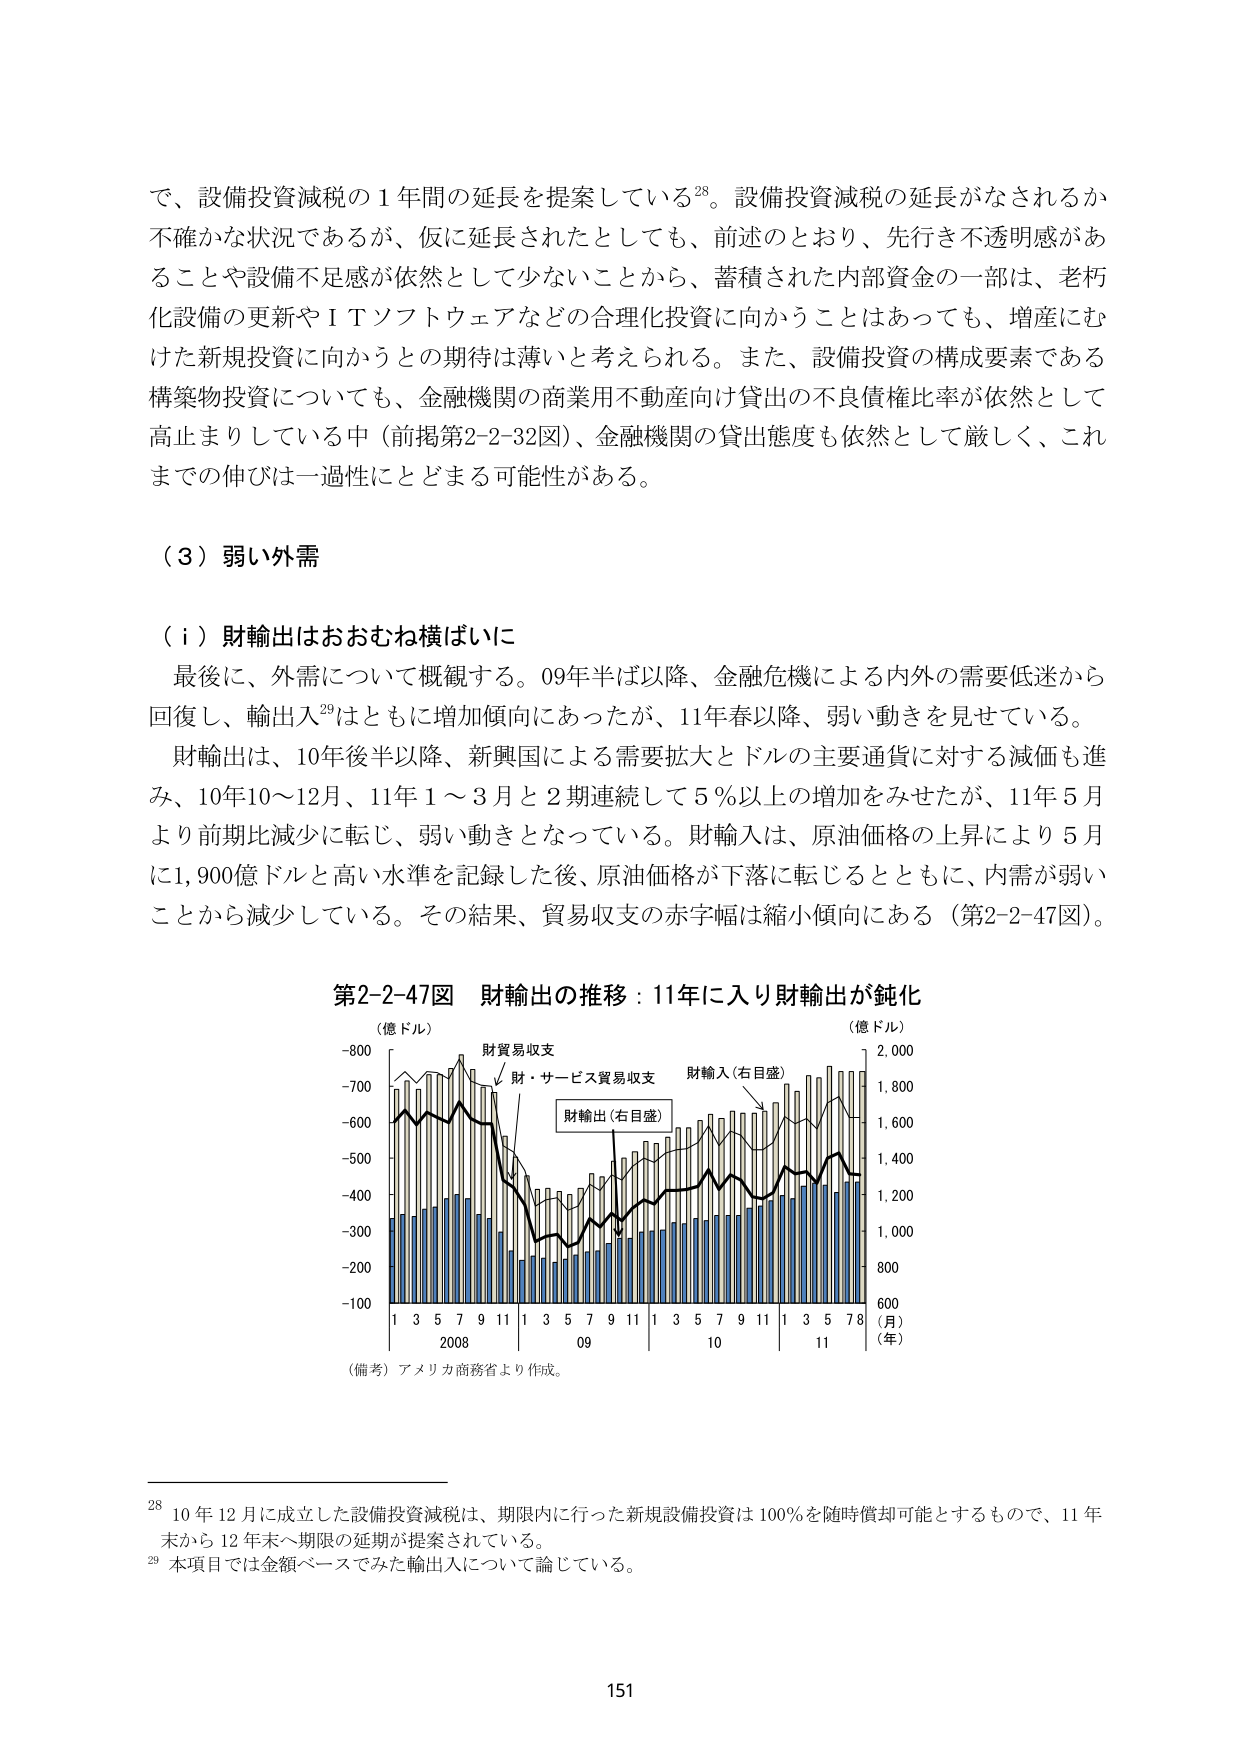
で、設備投資減税の１年間の延長を提案している28。設備投資減税の延長がなされるか不確かな状況であるが、仮に延長されたとしても、前述のとおり、先行き不透明感があることや設備不足感が依然として少ないことから、蓄積された内部資金の一部は、老朽化設備の更新やＩＴソフトウェアなどの合理化投資に向かうことはあっても、増産にむけた新規投資に向かうとの期待は薄いと考えられる。また、設備投資の構成要素である構築物投資についても、金融機関の商業用不動産向け貸出の不良債権比率が依然として高止まりしている中（前掲第2-2-32図）、金融機関の貸出態度も依然として厳しく、これまでの伸びは一過性にとどまる可能性がある。

（３）弱い外需

（ｉ）財輸出はおおむね横ばいに

最後に、外需について概観する。09年半ば以降、金融危機による内外の需要低迷から回復し、輸出入29はともに増加傾向にあったが、11年春以降、弱い動きを見せている。

財輸出は、10年後半以降、新興国による需要拡大とドルの主要通貨に対する減価も進み、10年10～12月、11年１～３月と２期連続して５％以上の増加をみせたが、11年５月より前期比減少に転じ、弱い動きとなっている。財輸入は、原油価格の上昇により５月に1,900億ドルと高い水準を記録した後、原油価格が下落に転じるとともに、内需が弱いことから減少している。その結果、貿易収支の赤字幅は縮小傾向にある（第2-2-47図）。

第2-2-47図 財輸出の推移：11年に入り財輸出が鈍化

（億ドル）
-800
-700
-600
-500
-400
-300
-200
-100

財貿易収支
財・サービス貿易収支
財輸出（右目盛）
財輸入（右目盛）

（億ドル）
2,000
1,800
1,600
1,400
1,200
1,000
800
600

1 3 5 7 9 11 1 3 5 7 9 11 1 3 5 7 9 11 1 3 5 7 8
2008 09 10 11
（月）
（年）

（備考）アメリカ商務省より作成。

28 10年12月に成立した設備投資減税は、期限内に行った新規設備投資は100％を随時償却可能とするもので、11年末から12年末へ期限の延長が提案されている。
29 本項目では金額ベースでみた輸出入について論じている。

151